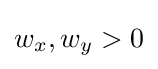
w_{x},w_{y}>0